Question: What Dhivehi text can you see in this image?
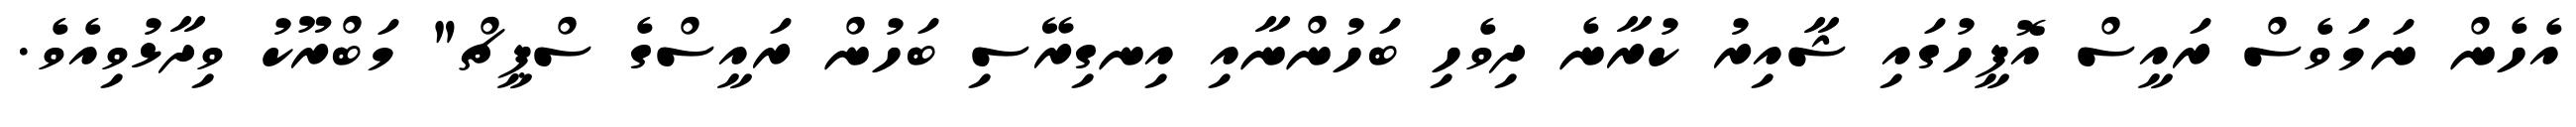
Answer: އެހެން ނަމަވެސް ރައީސް އޮފީހުގައި ޝާއިރު ކުރާނެ ދިވެހި ބަހުންނާއި އިނގިރޭސި ބަހުން ރައީސްގެ ސްޕީޗް" މަބްރޫކު ވިދާޅުވިއެވެ.